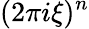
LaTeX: (2\pi i\xi)^{n}